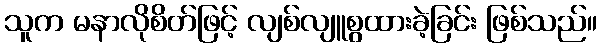
သူက မနာလိုစိတ်ဖြင့် လျစ်လျူစွထားခဲ့ခြင်း ဖြစ်သည်။